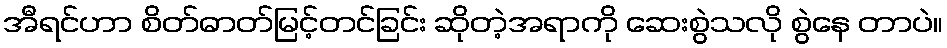
အီရင်ဟာ စိတ်ဓာတ်မြင့်တင်ခြင်း ဆိုတဲ့အရာကို ဆေးစွဲသလို စွဲနေ တာပဲ။